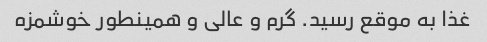
غذا به موقع رسید. گرم و عالی و همینطور خوشمزه